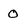
Character: 0